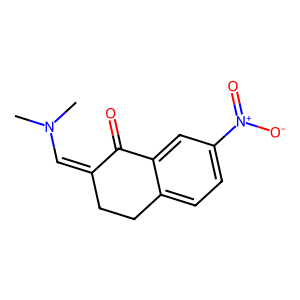
SMILES: CN(C)C=C1CCc2ccc([N+](=O)[O-])cc2C1=O
Inhibits HIV replication: No